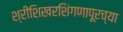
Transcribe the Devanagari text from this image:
श्रीशिखरशिंगणापूरच्या